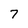
Character: 7